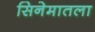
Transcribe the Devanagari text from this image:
सिनेमातला